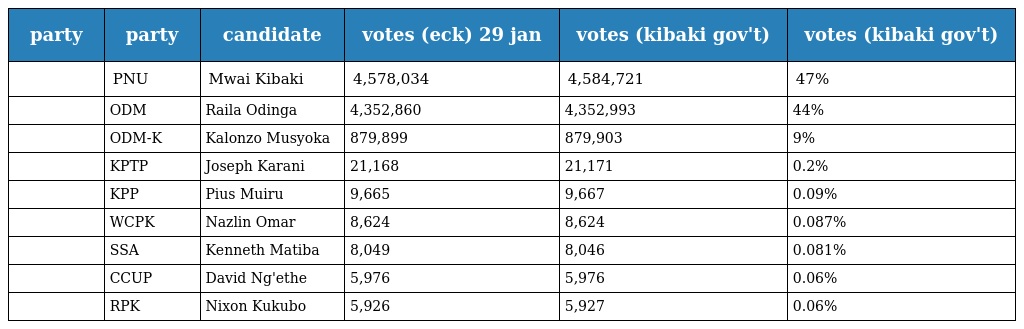
| party | party | candidate | votes (eck) 29 jan | votes (kibaki gov't) | votes (kibaki gov't) |
 | --- | --- | --- | --- | --- | --- |
 |  | PNU | Mwai Kibaki | 4,578,034 | 4,584,721 | 47% |
 |  | ODM | Raila Odinga | 4,352,860 | 4,352,993 | 44% |
 |  | ODM-K | Kalonzo Musyoka | 879,899 | 879,903 | 9% |
 |  | KPTP | Joseph Karani | 21,168 | 21,171 | 0.2% |
 |  | KPP | Pius Muiru | 9,665 | 9,667 | 0.09% |
 |  | WCPK | Nazlin Omar | 8,624 | 8,624 | 0.087% |
 |  | SSA | Kenneth Matiba | 8,049 | 8,046 | 0.081% |
 |  | CCUP | David Ng'ethe | 5,976 | 5,976 | 0.06% |
 |  | RPK | Nixon Kukubo | 5,926 | 5,927 | 0.06% |